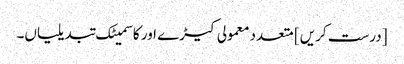
[درست کریں] متعدد معمولی کیڑے اور کاسمیٹک تبدیلیاں۔